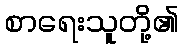
စာရေးသူတို့၏